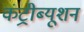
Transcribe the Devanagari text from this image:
कंट्रीब्यूशन